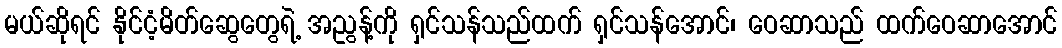
မယ်ဆိုရင် နိုင်ငံ့မိတ်ဆွေတွေရဲ့ အညွန့်ကို ရှင်သန်သည်ထက် ရှင်သန်အောင်၊ ဝေဆာသည် ထက်ဝေဆာအောင်